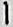
1